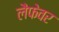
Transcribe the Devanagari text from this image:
लैफेवर